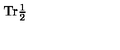
\mathrm { T r } \textstyle \frac { 1 } { 2 }